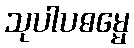
သုပါပဓမ္မေ